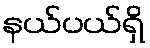
နယ်ပယ်ရှိ